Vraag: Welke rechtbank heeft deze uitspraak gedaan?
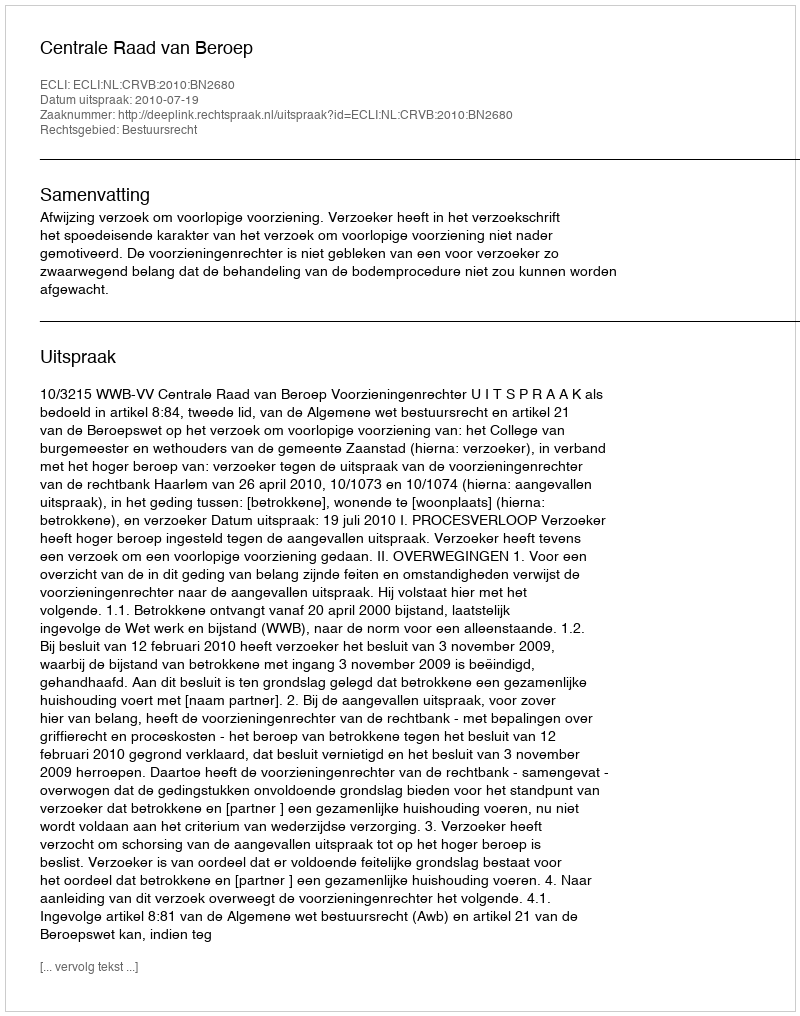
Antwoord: Centrale Raad van Beroep